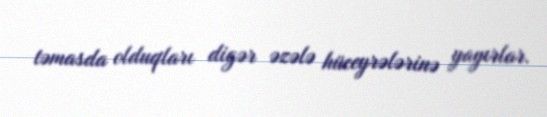
təmasda olduqları digər əzələ hüceyrələrinə yayırlar.